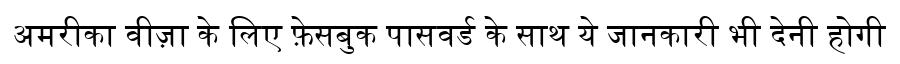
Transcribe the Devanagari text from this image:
अमरीका वीज़ा के लिए फ़ेसबुक पासवर्ड के साथ ये जानकारी भी देनी होगी